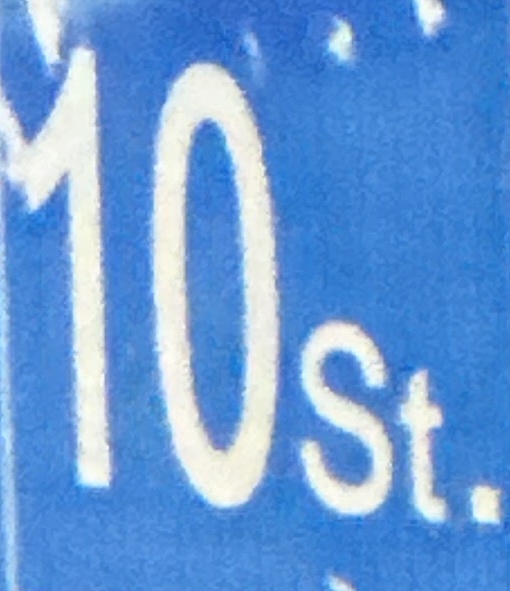
10st.